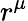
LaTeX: r^{\mu}